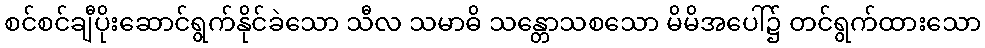
စင်စင်ချီပိုးဆောင်ရွက်နိုင်ခဲသော သီလ သမာဓိ သန္တောသစသော မိမိအပေါ်၌ တင်ရွက်ထားသော